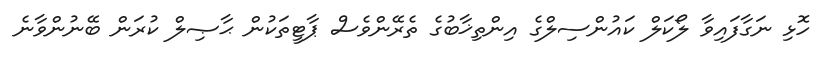
ހޮޅި ނަގާފައިވާ ލޯކަލް ކައުންސިލްގެ އިންތިޚާބުގެ ތެރޭންވެސް ޕާޓީތަކުން ޙާޞިލް ކުރަން ބޭނުންވާނެ